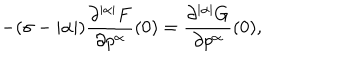
- ( \sigma - | \alpha | ) \frac { \partial ^ { | \alpha | } F } { \partial p ^ { \alpha } } ( 0 ) = \frac { \partial ^ { | \alpha | } G } { \partial p ^ { \alpha } } ( 0 ) ,